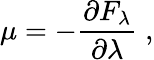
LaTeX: \mu=-\frac{\partial F_{\lambda}}{\partial\lambda}\; ,